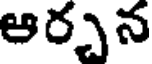
ఆర్చన